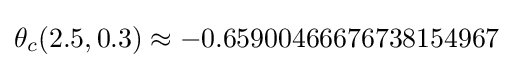
\theta _{c}(2.5,0.3)\approx -0.65900466676738154967